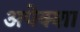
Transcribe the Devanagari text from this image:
अपेक्शा